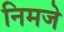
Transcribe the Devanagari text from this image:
निमजे